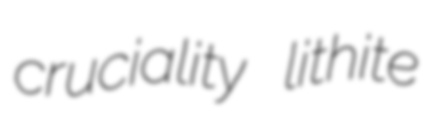
cruciality lithite